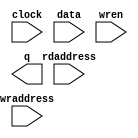
// megafunction wizard: %RAM: 2-PORT%VBB%
// GENERATION: STANDARD
// VERSION: WM1.0
// MODULE: altsyncram 

// ============================================================
// Megafunction Name(s):
// 			altsyncram
//
// Simulation Library Files(s):
// 			altera_mf
// ============================================================
// ************************************************************
// THIS IS A WIZARD-GENERATED FILE. DO NOT EDIT THIS FILE!
//
// 18.1.0 Build 625 09/12/2018 SJ Standard Edition
// ************************************************************

//Copyright (C) 2018  Intel Corporation. All rights reserved.
//Your use of Intel Corporation's design tools, logic functions 
//and other software and tools, and its AMPP partner logic 
//functions, and any output files from any of the foregoing 
//(including device programming or simulation files), and any 
//associated documentation or information are expressly subject 
//to the terms and conditions of the Intel Program License 
//Subscription Agreement, the Intel Quartus Prime License Agreement,
//the Intel FPGA IP License Agreement, or other applicable license
//agreement, including, without limitation, that your use is for
//the sole purpose of programming logic devices manufactured by
//Intel and sold by Intel or its authorized distributors.  Please
//refer to the applicable agreement for further details.

module bram2x1024_2p (
	clock,
	data,
	rdaddress,
	wraddress,
	wren,
	q);

	input	  clock;
	input	[1:0]  data;
	input	[9:0]  rdaddress;
	input	[9:0]  wraddress;
	input	  wren;
	output	[1:0]  q;
`ifndef ALTERA_RESERVED_QIS
// synopsys translate_off
`endif
	tri1	  clock;
	tri0	  wren;
`ifndef ALTERA_RESERVED_QIS
// synopsys translate_on
`endif

endmodule

// ============================================================
// CNX file retrieval info
// ============================================================
// Retrieval info: PRIVATE: ADDRESSSTALL_A NUMERIC "0"
// Retrieval info: PRIVATE: ADDRESSSTALL_B NUMERIC "0"
// Retrieval info: PRIVATE: BYTEENA_ACLR_A NUMERIC "0"
// Retrieval info: PRIVATE: BYTEENA_ACLR_B NUMERIC "0"
// Retrieval info: PRIVATE: BYTE_ENABLE_A NUMERIC "0"
// Retrieval info: PRIVATE: BYTE_ENABLE_B NUMERIC "0"
// Retrieval info: PRIVATE: BYTE_SIZE NUMERIC "8"
// Retrieval info: PRIVATE: BlankMemory NUMERIC "0"
// Retrieval info: PRIVATE: CLOCK_ENABLE_INPUT_A NUMERIC "0"
// Retrieval info: PRIVATE: CLOCK_ENABLE_INPUT_B NUMERIC "0"
// Retrieval info: PRIVATE: CLOCK_ENABLE_OUTPUT_A NUMERIC "0"
// Retrieval info: PRIVATE: CLOCK_ENABLE_OUTPUT_B NUMERIC "0"
// Retrieval info: PRIVATE: CLRdata NUMERIC "0"
// Retrieval info: PRIVATE: CLRq NUMERIC "0"
// Retrieval info: PRIVATE: CLRrdaddress NUMERIC "0"
// Retrieval info: PRIVATE: CLRrren NUMERIC "0"
// Retrieval info: PRIVATE: CLRwraddress NUMERIC "0"
// Retrieval info: PRIVATE: CLRwren NUMERIC "0"
// Retrieval info: PRIVATE: Clock NUMERIC "0"
// Retrieval info: PRIVATE: Clock_A NUMERIC "0"
// Retrieval info: PRIVATE: Clock_B NUMERIC "0"
// Retrieval info: PRIVATE: IMPLEMENT_IN_LES NUMERIC "0"
// Retrieval info: PRIVATE: INDATA_ACLR_B NUMERIC "0"
// Retrieval info: PRIVATE: INDATA_REG_B NUMERIC "0"
// Retrieval info: PRIVATE: INIT_FILE_LAYOUT STRING "PORT_B"
// Retrieval info: PRIVATE: INIT_TO_SIM_X NUMERIC "0"
// Retrieval info: PRIVATE: INTENDED_DEVICE_FAMILY STRING "Arria II GX"
// Retrieval info: PRIVATE: JTAG_ENABLED NUMERIC "0"
// Retrieval info: PRIVATE: JTAG_ID STRING "NONE"
// Retrieval info: PRIVATE: MAXIMUM_DEPTH NUMERIC "0"
// Retrieval info: PRIVATE: MEMSIZE NUMERIC "2048"
// Retrieval info: PRIVATE: MEM_IN_BITS NUMERIC "0"
// Retrieval info: PRIVATE: MIFfilename STRING "bht.mif"
// Retrieval info: PRIVATE: OPERATION_MODE NUMERIC "2"
// Retrieval info: PRIVATE: OUTDATA_ACLR_B NUMERIC "0"
// Retrieval info: PRIVATE: OUTDATA_REG_B NUMERIC "0"
// Retrieval info: PRIVATE: RAM_BLOCK_TYPE NUMERIC "0"
// Retrieval info: PRIVATE: READ_DURING_WRITE_MODE_MIXED_PORTS NUMERIC "1"
// Retrieval info: PRIVATE: READ_DURING_WRITE_MODE_PORT_A NUMERIC "3"
// Retrieval info: PRIVATE: READ_DURING_WRITE_MODE_PORT_B NUMERIC "3"
// Retrieval info: PRIVATE: REGdata NUMERIC "1"
// Retrieval info: PRIVATE: REGq NUMERIC "1"
// Retrieval info: PRIVATE: REGrdaddress NUMERIC "1"
// Retrieval info: PRIVATE: REGrren NUMERIC "1"
// Retrieval info: PRIVATE: REGwraddress NUMERIC "1"
// Retrieval info: PRIVATE: REGwren NUMERIC "1"
// Retrieval info: PRIVATE: SYNTH_WRAPPER_GEN_POSTFIX STRING "0"
// Retrieval info: PRIVATE: USE_DIFF_CLKEN NUMERIC "0"
// Retrieval info: PRIVATE: UseDPRAM NUMERIC "1"
// Retrieval info: PRIVATE: VarWidth NUMERIC "0"
// Retrieval info: PRIVATE: WIDTH_READ_A NUMERIC "2"
// Retrieval info: PRIVATE: WIDTH_READ_B NUMERIC "2"
// Retrieval info: PRIVATE: WIDTH_WRITE_A NUMERIC "2"
// Retrieval info: PRIVATE: WIDTH_WRITE_B NUMERIC "2"
// Retrieval info: PRIVATE: WRADDR_ACLR_B NUMERIC "0"
// Retrieval info: PRIVATE: WRADDR_REG_B NUMERIC "0"
// Retrieval info: PRIVATE: WRCTRL_ACLR_B NUMERIC "0"
// Retrieval info: PRIVATE: enable NUMERIC "0"
// Retrieval info: PRIVATE: rden NUMERIC "0"
// Retrieval info: LIBRARY: altera_mf altera_mf.altera_mf_components.all
// Retrieval info: CONSTANT: ADDRESS_ACLR_B STRING "NONE"
// Retrieval info: CONSTANT: ADDRESS_REG_B STRING "CLOCK0"
// Retrieval info: CONSTANT: CLOCK_ENABLE_INPUT_A STRING "BYPASS"
// Retrieval info: CONSTANT: CLOCK_ENABLE_INPUT_B STRING "BYPASS"
// Retrieval info: CONSTANT: CLOCK_ENABLE_OUTPUT_B STRING "BYPASS"
// Retrieval info: CONSTANT: INIT_FILE STRING "bht.mif"
// Retrieval info: CONSTANT: INTENDED_DEVICE_FAMILY STRING "Arria II GX"
// Retrieval info: CONSTANT: LPM_TYPE STRING "altsyncram"
// Retrieval info: CONSTANT: NUMWORDS_A NUMERIC "1024"
// Retrieval info: CONSTANT: NUMWORDS_B NUMERIC "1024"
// Retrieval info: CONSTANT: OPERATION_MODE STRING "DUAL_PORT"
// Retrieval info: CONSTANT: OUTDATA_ACLR_B STRING "NONE"
// Retrieval info: CONSTANT: OUTDATA_REG_B STRING "UNREGISTERED"
// Retrieval info: CONSTANT: POWER_UP_UNINITIALIZED STRING "FALSE"
// Retrieval info: CONSTANT: READ_DURING_WRITE_MODE_MIXED_PORTS STRING "OLD_DATA"
// Retrieval info: CONSTANT: WIDTHAD_A NUMERIC "10"
// Retrieval info: CONSTANT: WIDTHAD_B NUMERIC "10"
// Retrieval info: CONSTANT: WIDTH_A NUMERIC "2"
// Retrieval info: CONSTANT: WIDTH_B NUMERIC "2"
// Retrieval info: CONSTANT: WIDTH_BYTEENA_A NUMERIC "1"
// Retrieval info: USED_PORT: clock 0 0 0 0 INPUT VCC "clock"
// Retrieval info: USED_PORT: data 0 0 2 0 INPUT NODEFVAL "data[1..0]"
// Retrieval info: USED_PORT: q 0 0 2 0 OUTPUT NODEFVAL "q[1..0]"
// Retrieval info: USED_PORT: rdaddress 0 0 10 0 INPUT NODEFVAL "rdaddress[9..0]"
// Retrieval info: USED_PORT: wraddress 0 0 10 0 INPUT NODEFVAL "wraddress[9..0]"
// Retrieval info: USED_PORT: wren 0 0 0 0 INPUT GND "wren"
// Retrieval info: CONNECT: @address_a 0 0 10 0 wraddress 0 0 10 0
// Retrieval info: CONNECT: @address_b 0 0 10 0 rdaddress 0 0 10 0
// Retrieval info: CONNECT: @clock0 0 0 0 0 clock 0 0 0 0
// Retrieval info: CONNECT: @data_a 0 0 2 0 data 0 0 2 0
// Retrieval info: CONNECT: @wren_a 0 0 0 0 wren 0 0 0 0
// Retrieval info: CONNECT: q 0 0 2 0 @q_b 0 0 2 0
// Retrieval info: GEN_FILE: TYPE_NORMAL bram2x1024_2p.v TRUE
// Retrieval info: GEN_FILE: TYPE_NORMAL bram2x1024_2p.inc FALSE
// Retrieval info: GEN_FILE: TYPE_NORMAL bram2x1024_2p.cmp FALSE
// Retrieval info: GEN_FILE: TYPE_NORMAL bram2x1024_2p.bsf FALSE
// Retrieval info: GEN_FILE: TYPE_NORMAL bram2x1024_2p_inst.v FALSE
// Retrieval info: GEN_FILE: TYPE_NORMAL bram2x1024_2p_bb.v TRUE
// Retrieval info: LIB_FILE: altera_mf